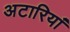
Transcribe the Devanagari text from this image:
अटारियां